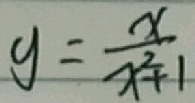
y = \frac { x } { x ^ { 2 } + 1 }